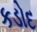
કડોદ